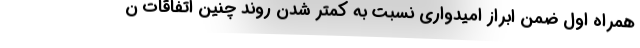
همراه اول ضمن ابراز امیدواری نسبت به کمتر شدن روند چنین اتفاقات ن